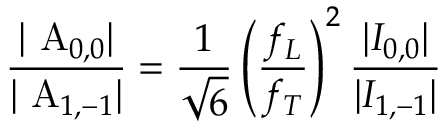
\frac { | \mathrm { ~ A } _ { 0 , 0 } | } { | \mathrm { ~ A } _ { 1 , - 1 } | } = \frac { 1 } { \sqrt 6 } \left( \frac { f _ { L } } { f _ { T } } \right) ^ { 2 } \frac { | I _ { 0 , 0 } | } { | I _ { 1 , - 1 } | }